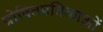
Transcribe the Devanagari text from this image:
प्रोषितपतिकाओं